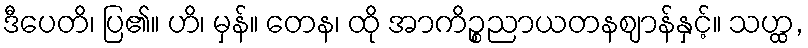
ဒီပေတိ၊ ပြ၏။ ဟိ၊ မှန်။ တေန၊ ထို အာကိဉ္စညာယတနဈာန်နှင့်။ သဟ္ထ,